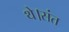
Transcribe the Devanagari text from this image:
थे।संत